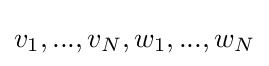
v_{1},...,v_{N},w_{1},...,w_{N}